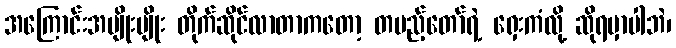
အကြောင်းအမျိုးမျိုး တိုက်ဆိုင်လာတာကတော့ တပည့်တော်ရဲ့ ရှေးကံလို့ ဆိုရမှာပါဘဲ၊